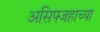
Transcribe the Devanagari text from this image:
असिफ्जहाच्या